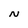
Character: N